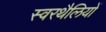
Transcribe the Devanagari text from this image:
स्वरथैलियों